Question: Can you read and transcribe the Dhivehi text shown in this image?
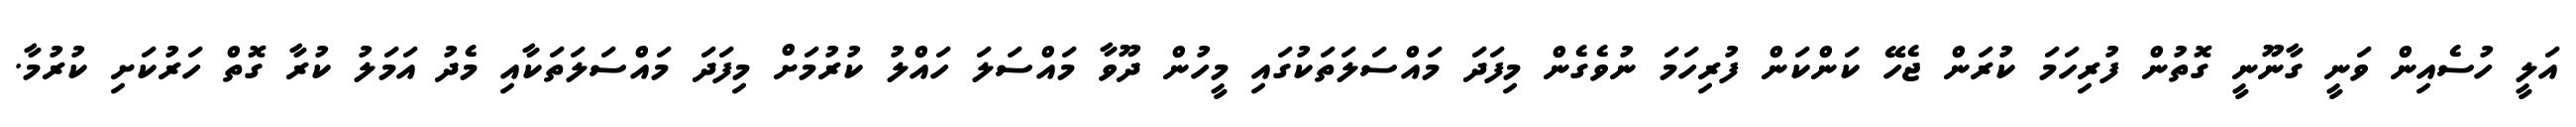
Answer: އަލީ ހުސެއިން ވަނީ ގާނޫނީ ގޮތުން ފުރިހަމަ ކުރަން ޖެހޭ ކަންކަން ފުރިހަމަ ނުވެގެން މިފަދަ މައްސަލަތަކުގައި މީހުން ދޫވާ މައްސަލަ ހައްލު ކުރުމަށް މިފަދަ މައްސަލަތަކާއި މެދު އަމަލު ކުރާ ގޮތް ހަރުކަށި ކުރުމާ.